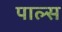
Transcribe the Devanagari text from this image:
पाल्स